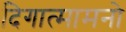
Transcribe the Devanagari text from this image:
दिगात्मामनो